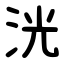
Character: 洸